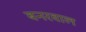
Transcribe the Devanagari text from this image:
बनरवाल